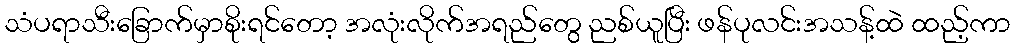
သံပရာသီးခြောက်မှာစိုးရင်တော့ အလုံးလိုက်အရည်တွေ ညစ်ယူပြီး ဖန်ပုလင်းအသန့်ထဲ ထည့်ကာ